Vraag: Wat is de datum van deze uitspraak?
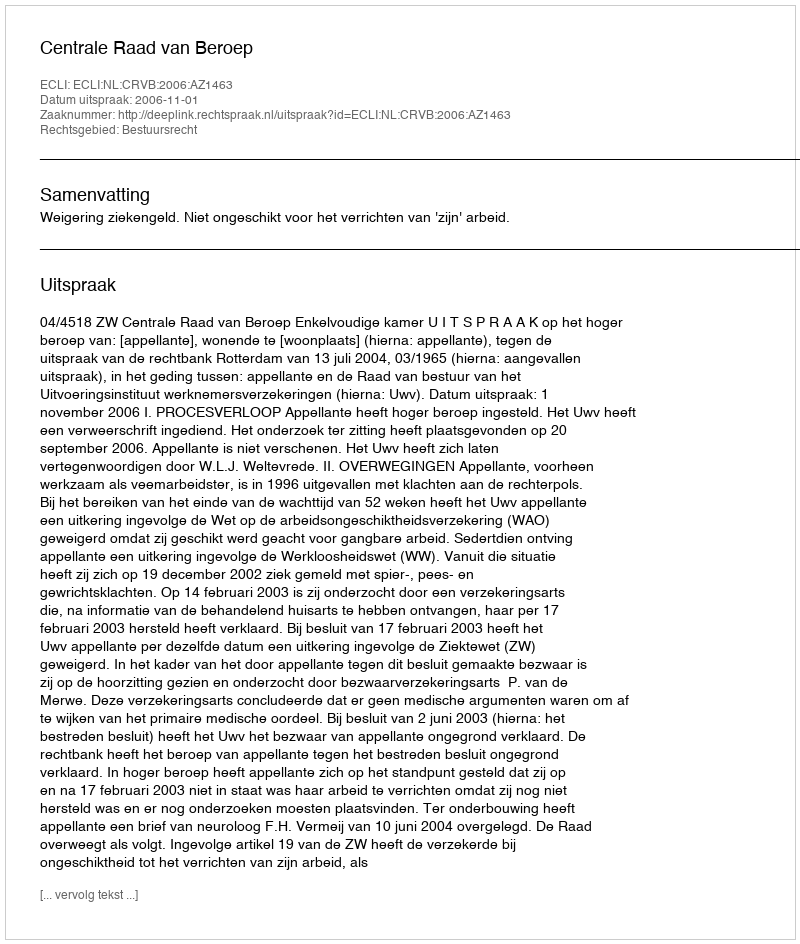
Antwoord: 2006-11-01